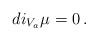
LaTeX: \begin{align*}di_{V_a}\mu=0\,. \end{align*}